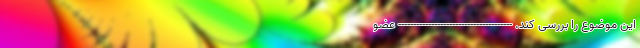
این موضوع را بررسی کند. -------------------------------------- عضو